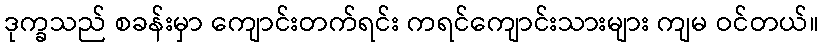
ဒုက္ခသည် စခန်းမှာ ကျောင်းတက်ရင်း ကရင်ကျောင်းသားများ ကျမ ဝင်တယ်။